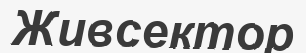
Живсектор